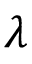
\lambda